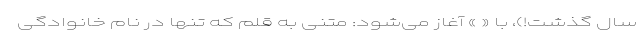
سال گذشت!)، با « » آغاز می‌شود: متنی به قلم که تنها در نام خانوادگی